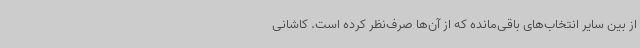
از بین سایر انتخاب‌های باقی‌مانده که از آن‌ها صرف‌نظر کرده است. کاشانی